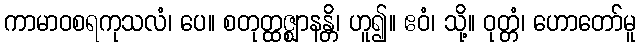
ကာမာဝစရကုသလံ၊ ပေ။ စတုတ္ထဇ္ဈာနန္တိ၊ ဟူ၍။ ဧဝံ၊ သို့။ ဝုတ္တံ၊ ဟောတော်မူ